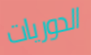
الدوريات